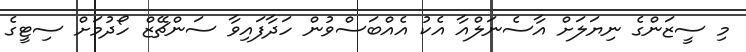
މި ސީޒަންގެ ނިޔަލަށް އާސެނަލްއާ އެކު އެއްބަސްވުން ހަދާފައިވާ ސަންޗޭޒް ހޯދުމަށް ސިޓީގެ